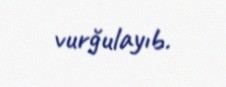
vurğulayıb.